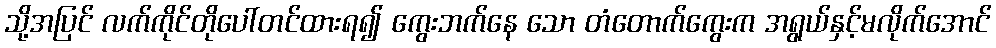
သို့အပြင် လက်ကိုင်တိုပေါ်တင်ထားရ၍ ကွေးဘက်နေ သော တံတောက်ကွေးက အရွယ်နှင့်မလိုက်အောင်